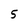
Character: 5